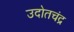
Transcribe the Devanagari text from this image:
उदोतचंद्र